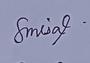
Signature authenticity: genuine